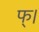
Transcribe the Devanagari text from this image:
फ्।